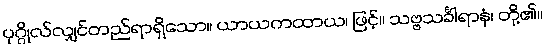
ပုဂ္ဂိုလ်လျှင်တည်ရာရှိသော။ ယာယကထာယ၊ ဖြင့်။ သဗ္ဗသင်္ခါရာနံ၊ တို့၏။